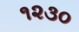
૧૨૩૦